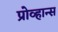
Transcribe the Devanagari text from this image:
प्रोव्हान्स